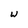
Character: W